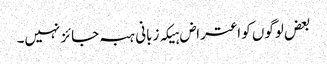
بعض لوگوں کو اعتراض ہیکہ زبانی ہبہ جائز نہیں۔